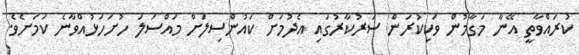
ކުރައްވާތީ އޭނާ މަގާމުން ވަކިކުރަން ސަރުކާރުގައި އެދުމަށް ކައުންސިލަށް މައްސަލަ ހުށަހަޅުއްވާނެ ކަމަށެވެ.